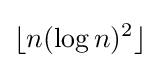
\lfloor n(\log n)^{2}\rfloor